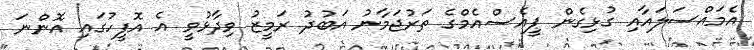
އެމައްސަލައާއި ގުޅިގެން ޕީއެސްއެމްގެ ތަރުޖަމާނު އަބުދު ރަމީޒު ވިދާޅުވީ އެ އޮފީހުގައި އޮންނަ